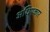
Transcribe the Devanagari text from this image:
अधिपकार